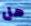
هل